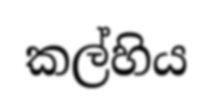
කල්හිය